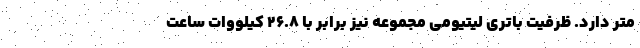
متر دارد. ظرفیت باتری لیتیومی مجموعه نیز برابر با 26.8 کیلووات ساعت